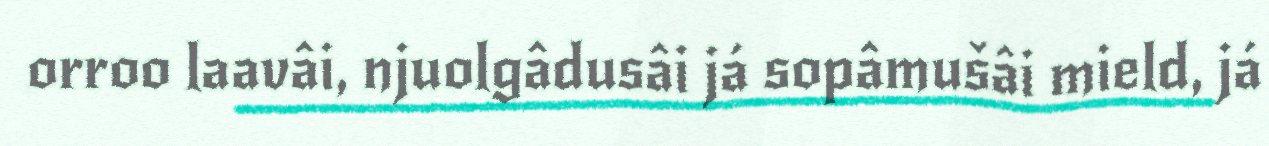
orroo laavâi, njuolgâdusâi já sopâmušâi mield, já